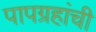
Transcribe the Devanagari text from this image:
पापग्रहांची